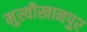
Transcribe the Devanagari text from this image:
मुस्वीखानपुर